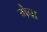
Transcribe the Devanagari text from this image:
गैवा